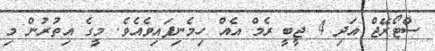
ސްޓޯރޭޖް އަދި 4 ޖީބީ ރެމް އެއް ހިމެނިފައިވެއެވެ. މީގެ އިތުރުން މި